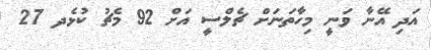
އަދި އޭނާ ވަނީ މިހާތަނަށް ޗެލްސީ އަށް 92 މެޗު ކުޅެދ 27